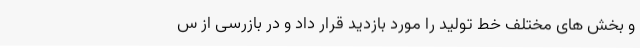
و بخش های مختلف خط تولید را مورد بازدید قرار داد و در بازرسی از س